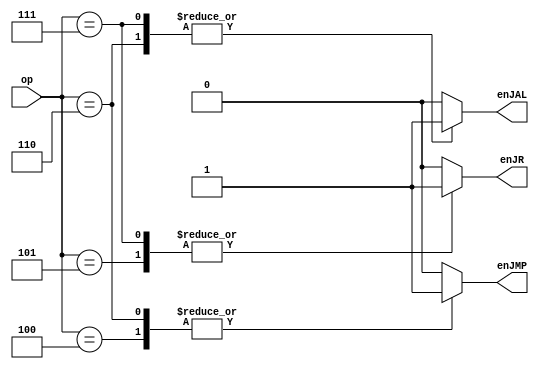
// Prayag Bhakar [bhakar@wisc.edu]
module jump_logic (op, enJMP, enJR, enJAL);
  // --- Inputs ---
  input [4:0] op;

  // --- Outputs ---
  output reg enJMP;
  output reg enJR;
  output reg enJAL;

  // --- Code ---
  always @(*) begin
    case (op)
      // J
      5'b00100: begin
        enJMP = 1'b1;
        enJR = 1'b0;
        enJAL = 1'b0;
      end
      // JR
      5'b00101: begin
        enJMP = 1'b0;
        enJR = 1'b1;
        enJAL = 1'b0;
      end
      // JAL
      5'b00110: begin
        enJMP = 1'b1;
        enJR = 1'b0;
        enJAL = 1'b1;
      end
      // JALR
      5'b00111: begin
        enJMP = 1'b0;
        enJR = 1'b1;
        enJAL = 1'b1;
      end
      // don't do anything
      default: begin
        enJMP = 1'b0;
        enJR = 1'b0;
        enJAL = 1'b0;
      end
    endcase
  end
endmodule